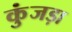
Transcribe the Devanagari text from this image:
कुंजड़ा